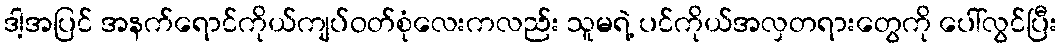
ဒါ့အပြင် အနက်ရောင်ကိုယ်ကျပ်ဝတ်စုံလေးကလည်း သူမရဲ့ ပင်ကိုယ်အလှတရားတွေကို ပေါ်လွင်ပြီး